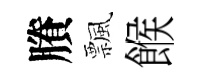
賸飄餱